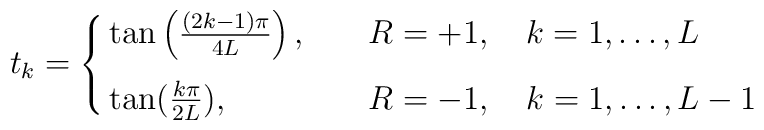
t_k=\cases{      \tan\left({(2k-1)\pi\over 4L}\right), &\quad $R=+1,\quad k=1,\ldots,L$\cr      \tan({k\pi\over 2L}), \rule{0in}{.23in}&\quad $R=-1,\quad k=1,\ldots,L-1$}